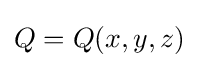
Q=Q(x,y,z)